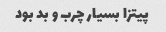
پیتزا بسیار چرب و بد بود